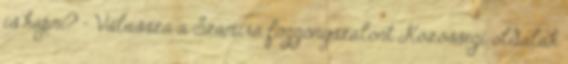
is kapni? – Válassza a Szamira függönyszalont Közösségi oldalak